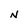
Character: N